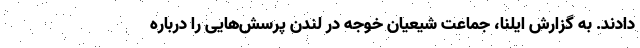
دادند. به گزارش ایلنا، جماعت شیعیان خوجه در لندن پرسش‌هایی را درباره